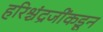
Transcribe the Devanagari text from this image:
हरिश्चंद्रजींकडून